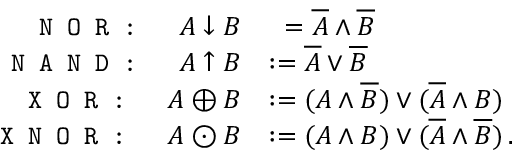
\begin{array} { r l } { \texttt { N O R : } \quad A \downarrow B } & { \phantom { : } = \overline { A } \wedge \overline { B } } \\ { \texttt { N A N D : } \quad A \uparrow B } & { : = \overline { A } \vee \overline { B } } \\ { \texttt { X O R : } \quad A \oplus B } & { : = ( A \wedge \overline { B } ) \vee ( \overline { A } \wedge B ) } \\ { \texttt { X N O R : } \quad A \odot B } & { : = ( A \wedge B ) \vee ( \overline { A } \wedge \overline { B } ) \, . } \end{array}